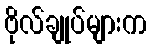
ဗိုလ်ချုပ်များက